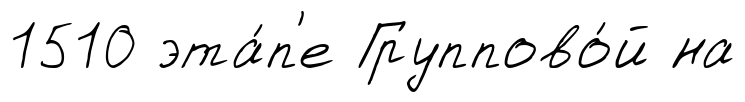
1510 эта́п'е Группово́й на